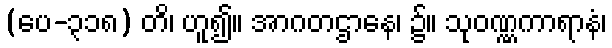
(ပေ-၃၁၈) တိ၊ ဟူ၍။ အာဂတဌာနေ၊ ၌။ သုဝဏ္ဏကာရာနံ၊